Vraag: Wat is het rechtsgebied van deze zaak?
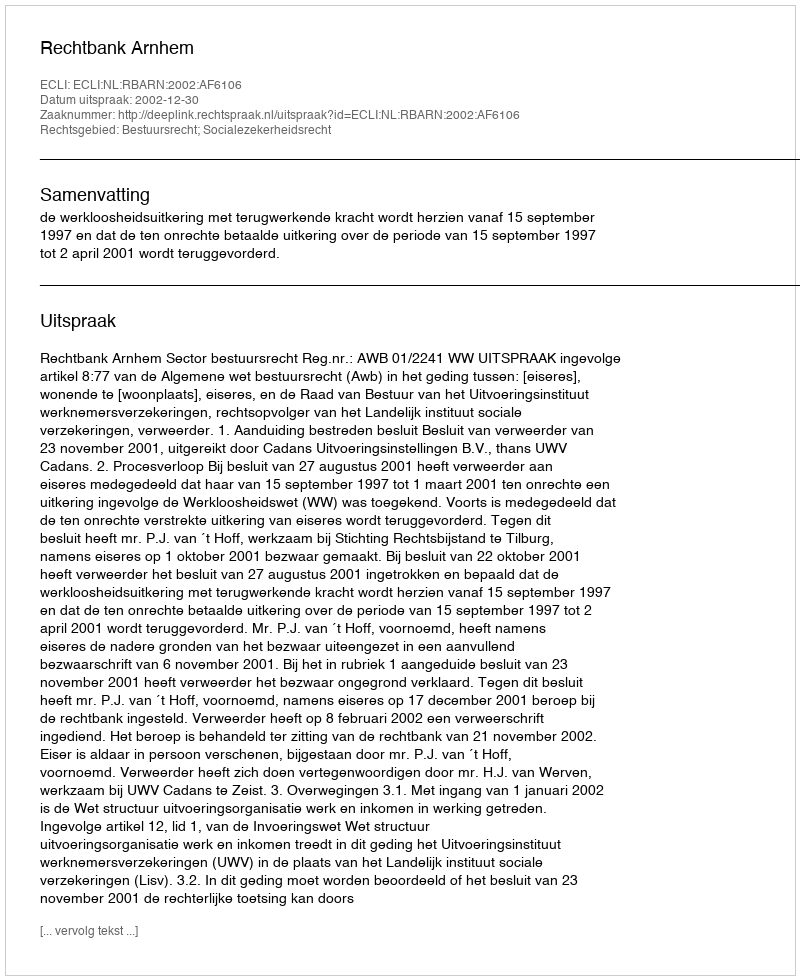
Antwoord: Bestuursrecht; Socialezekerheidsrecht